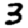
Digit: 3